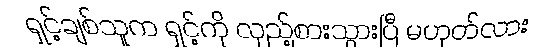
ရှင့်ချစ်သူက ရှင့်ကို လှည့်စားသွားပြီ မဟုတ်လား